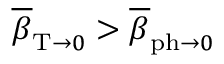
\overline { { \beta } } _ { \mathrm { T } \rightarrow 0 } > \overline { { \beta } } _ { \mathrm { p h } \rightarrow 0 }